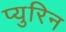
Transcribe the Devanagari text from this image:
प्युरिन